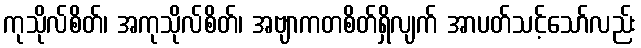
ကုသိုလ်စိတ်၊ အကုသိုလ်စိတ်၊ အဗျာကတစိတ်ရှိလျက် အာပတ်သင့်သော်လည်း